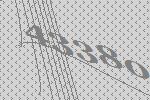
43380